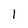
Character: 1